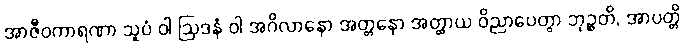
အာဇီဝကာရဏာ သူပံ ဝါ ဩဒနံ ဝါ အဂိလာနော အတ္တနော အတ္ထာယ ဝိညာပေတွာ ဘုဉ္ဇတိ, အာပတ္တိ